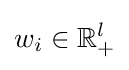
w_{i}\in \mathbb {R} _{+}^{l}